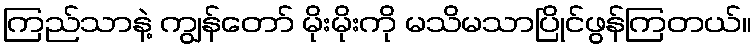
ကြည်သာနဲ့ ကျွန်တော် မိုးမိုးကို မသိမသာပြိုင်ဖွန်ကြတယ်။